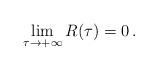
LaTeX: \begin{align*}\lim_{\tau\to+\infty}R(\tau)=0\,.\end{align*}